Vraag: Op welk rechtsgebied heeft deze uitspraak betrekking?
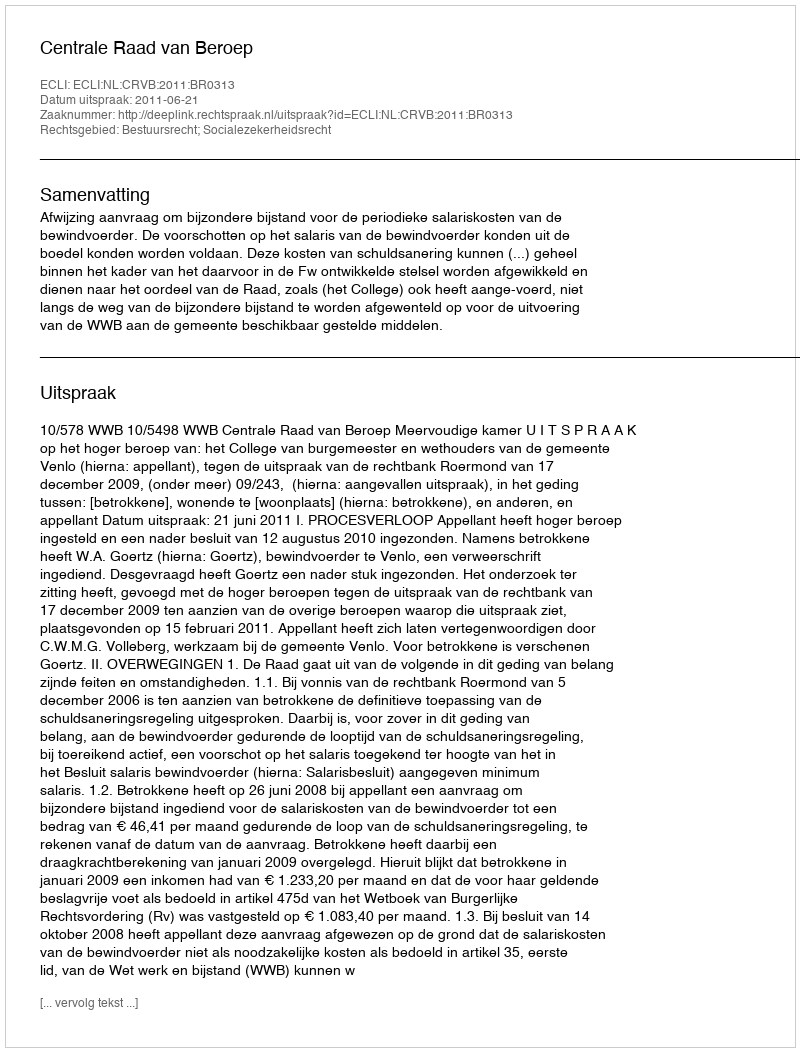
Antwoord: Bestuursrecht; Socialezekerheidsrecht